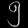
Digit: ၅